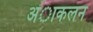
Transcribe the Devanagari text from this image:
अंाकलन